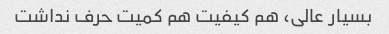
بسیار عالی، هم کیفیت هم کمیت حرف نداشت